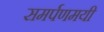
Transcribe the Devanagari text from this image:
समर्पणमयी